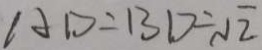
A D = B D = \sqrt { 2 }